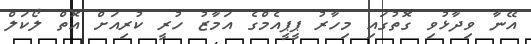
އޭނާ ވިދާޅުވި ގޮތުގައި މިހާރު ޕީޕީއެމްގެ އަމާޒު ހުރީ ކުރިއަށް އޮތް ލޯކަލް